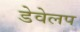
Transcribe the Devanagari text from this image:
डेवेलप